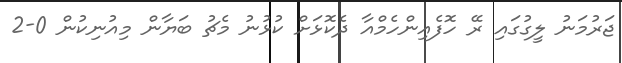
ޖަރުމަނު ލީގުގައި ރޭ ހޮފެއިންހެމްއާ ދެކޮޅަށް ކުޅުނު މެޗު ބަޔާން މިއުނިކުން 0-2